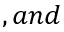
, a n d